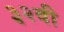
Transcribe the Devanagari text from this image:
३२वी